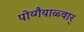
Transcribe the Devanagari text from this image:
पोय्गैयाळ्वार्